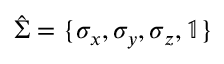
\hat { \Sigma } = \{ \sigma _ { x } , \sigma _ { y } , \sigma _ { z } , \mathbb { 1 } \}